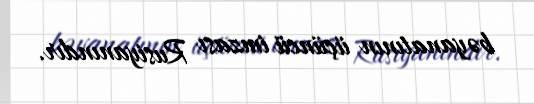
bəyanatının üçüncü imzası Rusiyanındır.